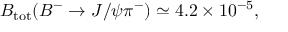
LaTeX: { \cal B } _ { \mathrm { t o t } } ( B ^ { - } \rightarrow J / \psi \pi ^ { - } ) \simeq 4 . 2 \times 1 0 ^ { - 5 } ,